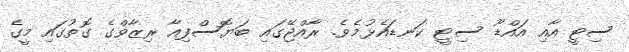
ސިޓީ އާއި އައްޑޫ ސިޓީ ކަނޑައެޅުމެވެ. ރާއްޖޭގައި ބަޔޮސްފިއާ ރިޒާވްގެ ގޮތުގައި މީގެ